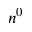
n ^ { 0 }